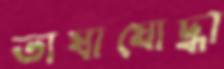
ভাষাযোদ্ধা